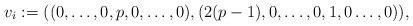
LaTeX: \begin{align*}v_i := ((0,\ldots, 0,p,0,\ldots, 0),(2(p-1),0,\ldots, 0,1,0\ldots, 0)),\end{align*}